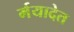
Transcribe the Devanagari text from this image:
र्मयादेत